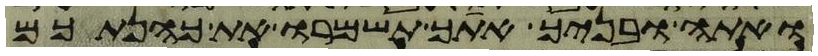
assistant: ואתה ובניך אתך תשמרו את כהנתכם